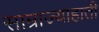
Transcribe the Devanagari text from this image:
साम्राज्याहाती